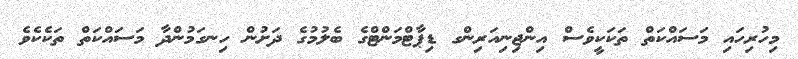
މިހުރިހައި މަސައްކަތް ތަކަކީވެސް އިންޖިނިއަރިންގ ޑިޕާޓްމަންޓްގެ ބެލުމުގެ ދަށުން ހިނގަމުންދާ މަސައްކަތް ތަކެކެވެ